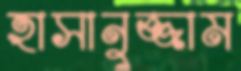
হাসানুজ্জাম